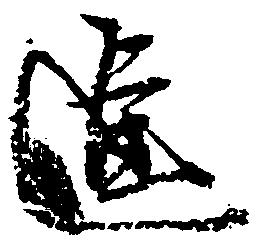
進